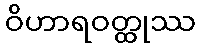
ဝိဟာရဝတ္ထုဿ